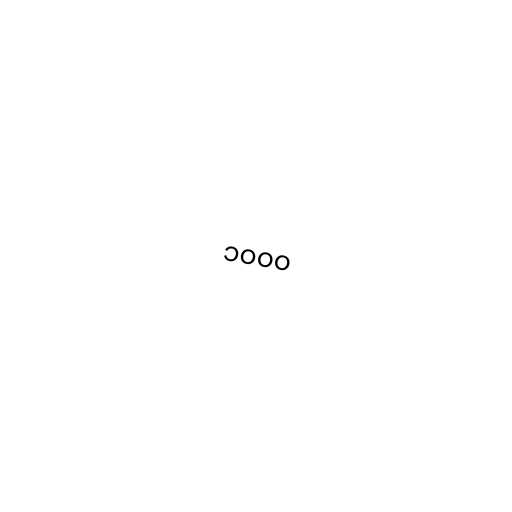
၁၀၀၀